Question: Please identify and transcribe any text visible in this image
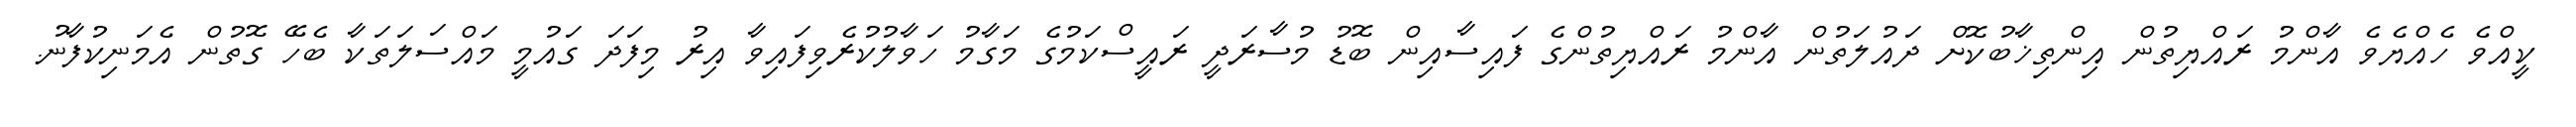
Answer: ކީއްވެ ހެއްޔެވެ އާންމު ރައްޔިތުން އިންތިޚާބުކޮށް ދައުލަތުން އާންމު ރައްޔިތުންގެ ފައިސާއިން ބޮޑު މުސާރަދީ ރައީސްކަމުގެ މަގާމު ހަވާލުކުރެވިފައިވާ އިރު މިފަދަ ގައުމީ މައްސަލަތަކާ ބެހޭ ގޮތުން އެމަނިކުފާނު.